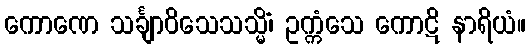
ကောဏေ သင်္ချာဝိသေသသ္မိံ၊ ဥက္ကံသေ ကောဋိ နာရိယံ။